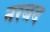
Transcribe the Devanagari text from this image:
नरबद